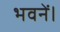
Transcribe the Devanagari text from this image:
भवनें।